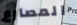
المصارع